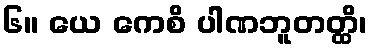
၆။ ယေ ကေစိ ပါဏဘူတတ္ထိ၊